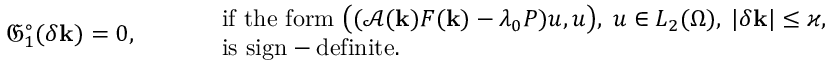
\mathfrak { G } _ { 1 } ^ { \circ } ( \delta \mathbf { k } ) = 0 , \qquad \begin{array} { r l } & { \mathrm { i f ~ t h e ~ f o r m ~ } \bigl ( ( \mathcal { A } ( \mathbf { k } ) F ( \mathbf { k } ) - \lambda _ { 0 } P ) u , u \bigr ) , \; u \in L _ { 2 } ( \Omega ) , \; | \delta \mathbf { k } | \le \varkappa , } \\ & { \mathrm { i s ~ s i g n - d e f i n i t e . } } \end{array}